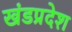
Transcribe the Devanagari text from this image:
खंडप्रदेश